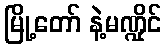
မြို့တော် နဲ့မဏ္ဍိုင်